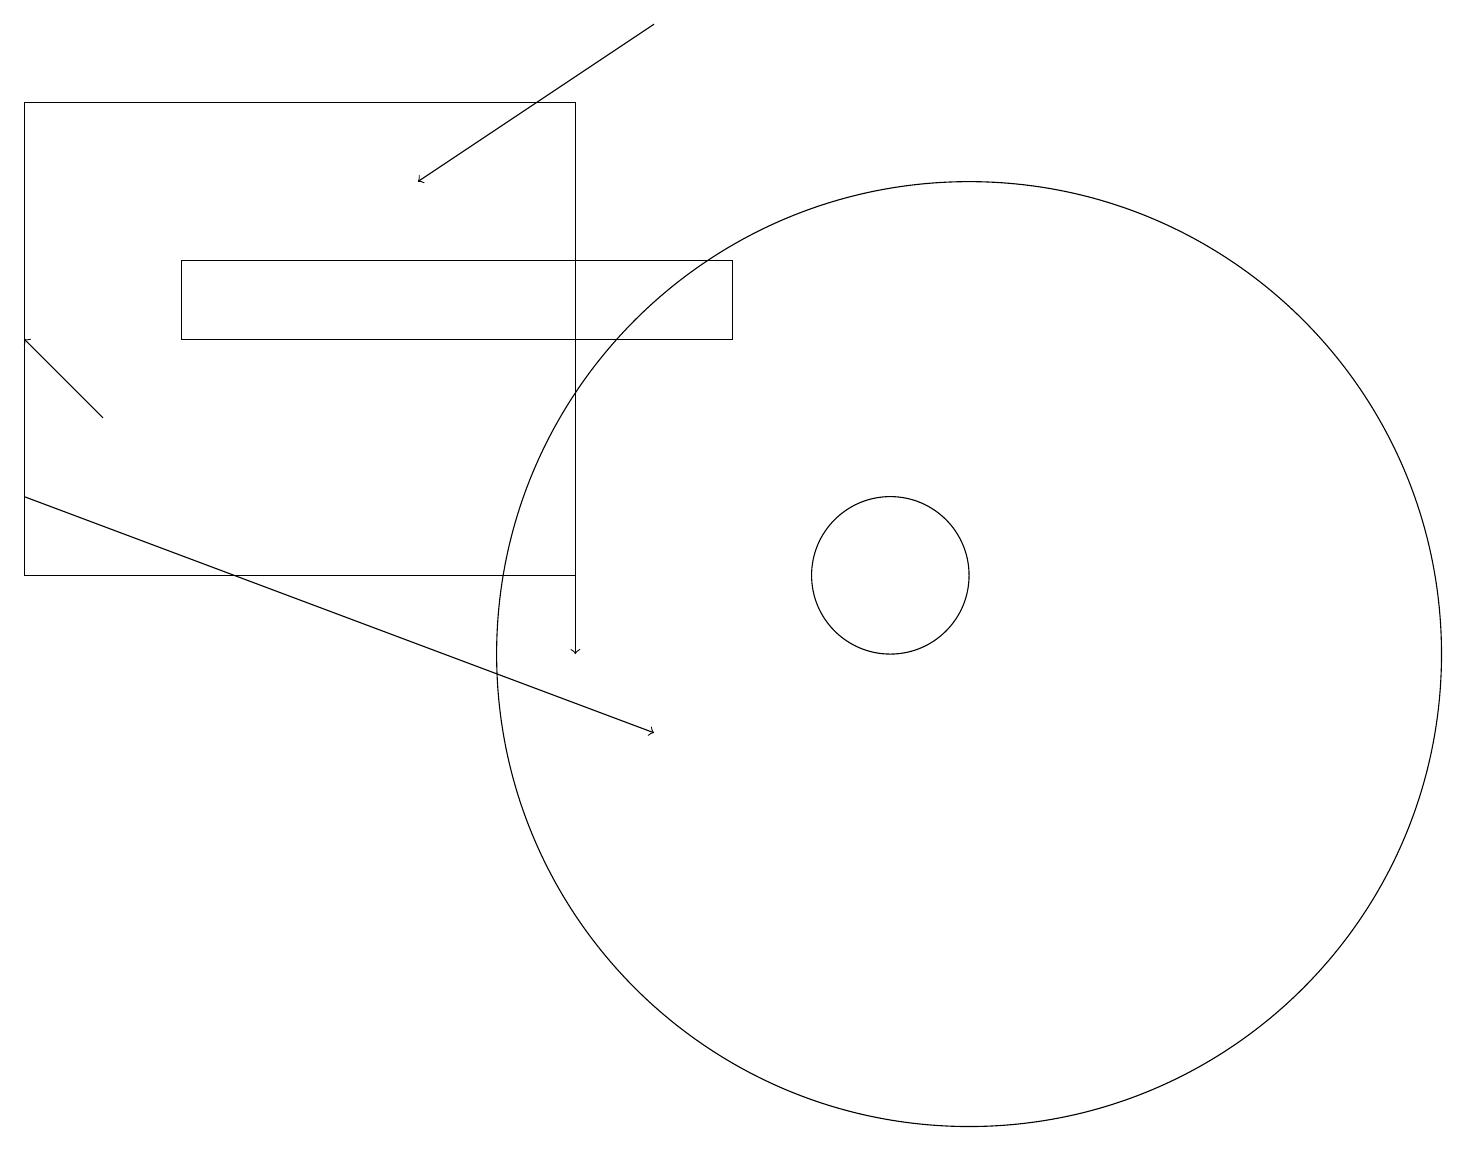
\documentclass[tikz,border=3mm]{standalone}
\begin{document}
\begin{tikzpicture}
\draw[->] (0,13) -- (8,10);
\draw[->] (1,14) -- (0,15);
\draw (11,12) circle (1);
\draw (12,11) circle (6);
\draw[->] (7,14) -- (7,11);
\draw (7,12) rectangle (0,18);
\draw (9,16) rectangle (2,15);
\draw[->] (8,19) -- (5,17);
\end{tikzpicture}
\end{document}